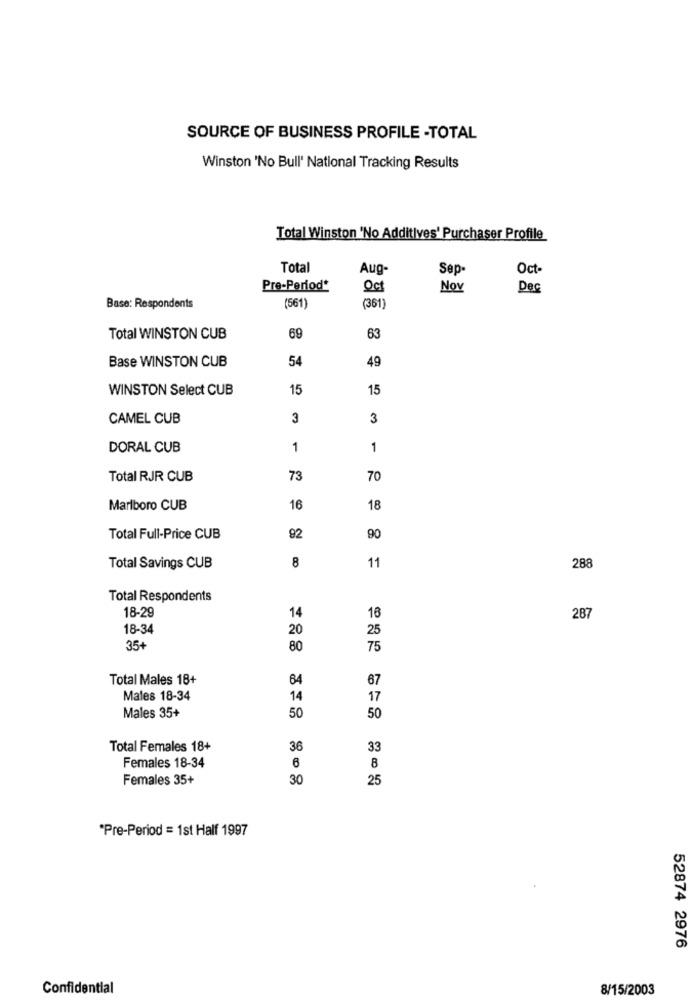
SOURCE OF BUSINESS PROFILE -TOTAL
Winston 'No Bull' National Tracking Results
Total Winston 'No Additives' Purchaser Profile
Total
Aug-
Sep-
Oct-
Pre-Period*
Oct
Nov
Dec
Base: Respondents
(561)
(361)
Total WINSTON CUB
69
63
Base WINSTON CUB
54
49
WINSTON Select CUB
15
15
CAMEL CUB
3
3
DORAL CUB
1
1
Total RJR CUB
73
70
Marlboro CUB
16
18
Total Full-Price CUB
92
90
8
11
Total Savings CUB
288
Total Respondents
18-29
14
16
287
18-34
20
25
35+
80
75
Total Males 18+
64
67
Males 18-34
14
17
Males 35+
50
50
Total Females 18+
36
33
Females 18-34
6
8
Females 35+
30
25
*Pre-Period = 1st Half 1997
52874 2976
Confidential
8/15/2003